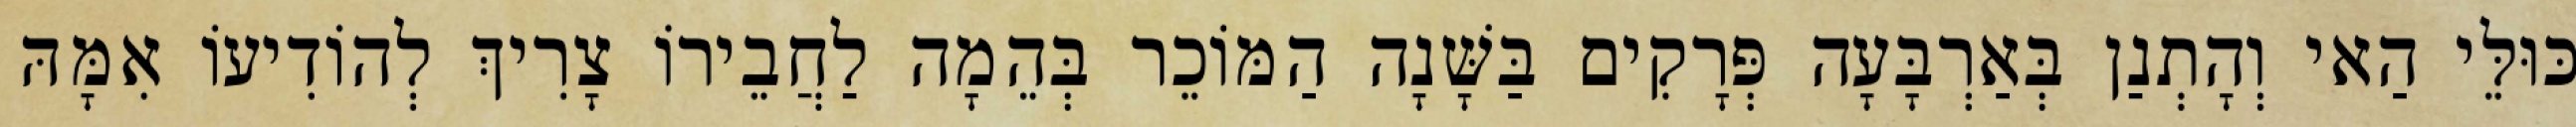
כּוּלֵּי הַאי וְהָתְנַן בְּאַרְבָּעָה פְּרָקִים בַּשָּׁנָה הַמּוֹכֵר בְּהֵמָה לַחֲבֵירוֹ צָרִיךְ לְהוֹדִיעוֹ אִמָּהּ